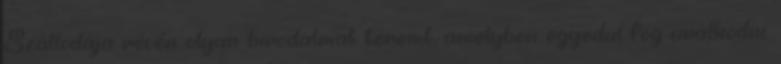
Szállodája révén olyan birodalmat teremt, amelyben egyedül fog uralkodni.